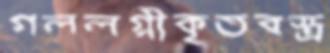
গললগ্নীকৃতবস্ত্র